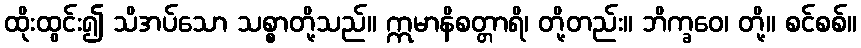
ထိုးထွင်း၍ သိအပ်သော သစ္စာတို့သည်။ ဣမာနိစတ္တာရိ၊ တို့တည်း။ ဘိက္ခဝေ၊ တို့။ စင်စစ်။